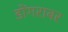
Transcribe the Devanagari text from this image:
डोंगराबर